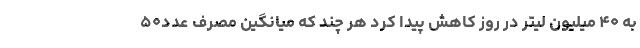
به ۴۰ میلیون لیتر در روز کاهش پیدا کرد هر چند که میانگین مصرف عدد۵۰